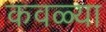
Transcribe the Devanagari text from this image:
कवळ्या